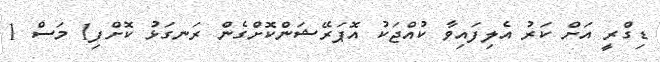
ޑިގްރީ އަށް ކަރު އެލިފައިވާ ކުއްޖަކު އޮޕަރޭޝަންކޮށްގެން ރަނގަޅު ކޮށްފި1 މަސް 1